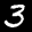
Label: 3